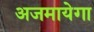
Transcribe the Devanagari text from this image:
अजमायेगा